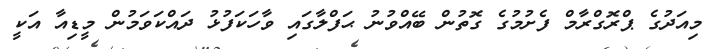
މިއަދުގެ ޕްރޮގްރާމް ފެށުމުގެ ގޮތުން ބޭއްވުނު ޙަފްލާގައި ވާހަކަފުޅު ދައްކަވަމުން މީޑިއާ އަކީ